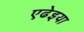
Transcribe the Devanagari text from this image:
एढेइया